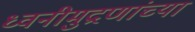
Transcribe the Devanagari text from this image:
ध्वनीमुद्रणांच्या